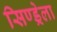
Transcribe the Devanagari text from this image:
सिण्ड्रेला